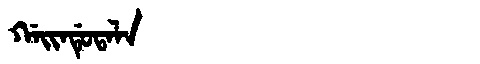
Manchu: ᡤᠠᡳᠨᡩᡠᡨᠠᠯᠠ
Romanization: GAINDUTALA